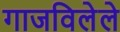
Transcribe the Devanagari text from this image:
गाजविलेले